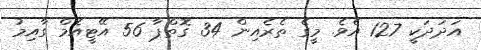
އަދަދަކީ 127 އެވެ. މީގެ ތެރެއިން 34 ގޮތްޕާ 56 އޭޓީއެމް ގާއިމު